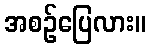
အစဉ်ပြေလား။